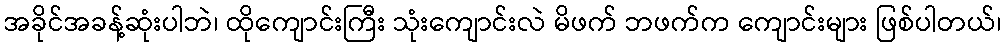
အခိုင်အခန့်ဆုံးပါဘဲ၊ ထိုကျောင်းကြီး သုံးကျောင်းလဲ မိဖက် ဘဖက်က ကျောင်းများ ဖြစ်ပါတယ်၊